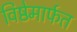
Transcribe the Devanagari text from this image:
विष्ठेमार्फत